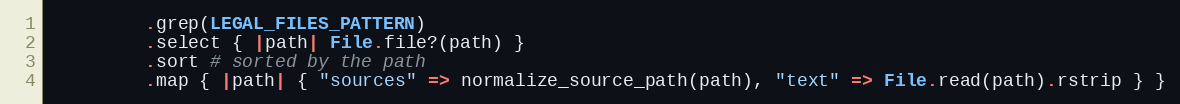
Language: Ruby
         .grep(LEGAL_FILES_PATTERN)
         .select { |path| File.file?(path) }
         .sort # sorted by the path
         .map { |path| { "sources" => normalize_source_path(path), "text" => File.read(path).rstrip } }